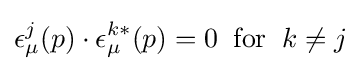
\epsilon _{\mu }^{j}(p)\cdot \epsilon _{\mu }^{k*}(p)=0\;\;{\text{for}}\;\;k\neq j